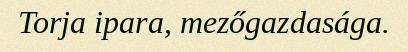
Torja ipara, mezőgazdasága.